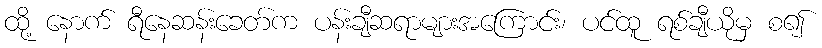
ထို့ နောက် ရီနေဆန်းခေတ်က ပန်းချီဆရာများအကြောင်း၊ ပင်ထူ ရစ်ချီယိုမှ စ၍